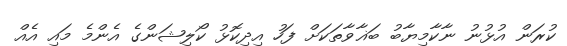
ކުރަން އުޅުނު ނާކާމިޔާބު ބަޣާވާތަކަށް ފަހު އިދިކޮޅު ކޯލިޝަންގެ އެންމެ މައި އެއް